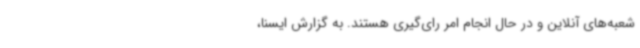
شعبه‌های آنلاین و در حال انجام امر رای‌گیری هستند. به گزارش ایسنا،